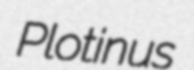
Plotinus